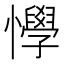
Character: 𢤾